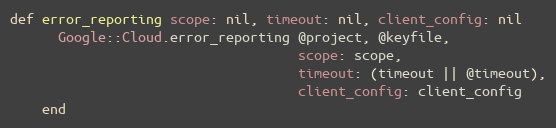
Language: Ruby
def error_reporting scope: nil, timeout: nil, client_config: nil
      Google::Cloud.error_reporting @project, @keyfile,
                                    scope: scope,
                                    timeout: (timeout || @timeout),
                                    client_config: client_config
    end